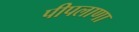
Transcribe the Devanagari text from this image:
पीपलाणा